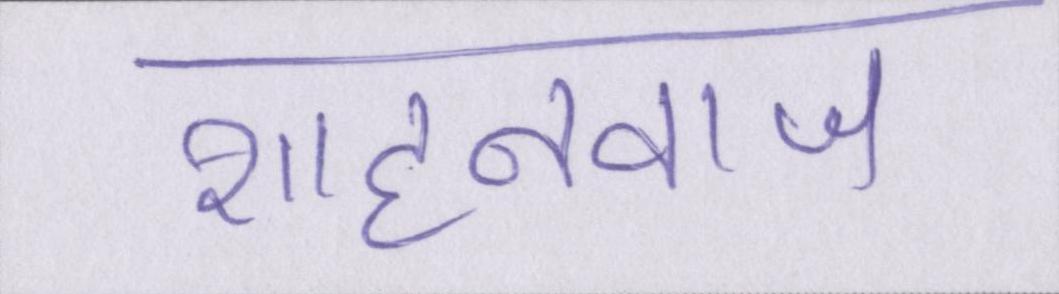
शाहनवाज